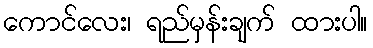
ကောင်လေး၊ ရည်မှန်းချက် ထားပါ။